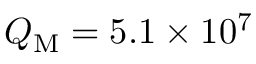
Q _ { \mathrm { M } } = 5 . 1 \times 1 0 ^ { 7 }